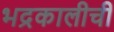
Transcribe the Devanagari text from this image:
भद्रकालीची